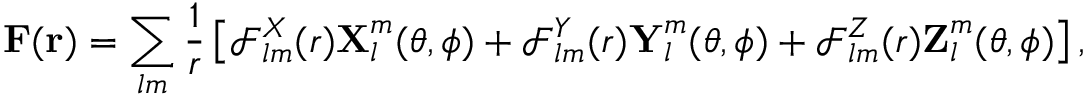
\boldsymbol { \mathbf { F } } ( \boldsymbol { \mathbf { r } } ) = \sum _ { l m } \frac { 1 } { r } \left[ \mathcal { F } _ { l m } ^ { X } ( r ) \boldsymbol { \mathbf { X } } _ { l } ^ { m } ( \theta , \phi ) + \mathcal { F } _ { l m } ^ { Y } ( r ) \boldsymbol { \mathbf { Y } } _ { l } ^ { m } ( \theta , \phi ) + \mathcal { F } _ { l m } ^ { Z } ( r ) \boldsymbol { \mathbf { Z } } _ { l } ^ { m } ( \theta , \phi ) \right] ,